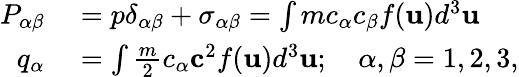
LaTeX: \begin{array}{rl}{P_{\alpha\beta}}&{{}=p\delta_{\alpha\beta}+\sigma_{\alpha\beta}=\int mc_{\alpha}c_{\beta}f(\mathbf{u})d^{3}\mathbf{u}}\\ {q_{\alpha}}&{{}=\int\frac{m}{2}c_{\alpha}\mathbf{c}^{2}f(\mathbf{u})d^{3}\mathbf{u};\quad\alpha,\beta=1,2,3,}\end{array}